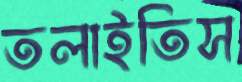
তলাইতিস